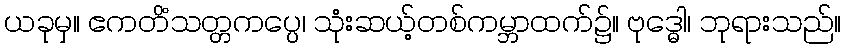
ယခုမှ။ ဧကတိံသတ္တကပ္ပေ၊ သုံးဆယ့်တစ်ကမ္ဘာထက်၌။ ဗုဒ္ဓေါ၊ ဘုရားသည်။